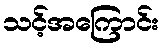
သင့်အကြောင်း